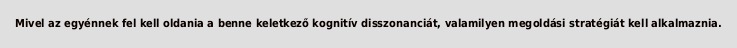
Mivel az egyénnek fel kell oldania a benne keletkező kognitív disszonanciát, valamilyen megoldási stratégiát kell alkalmaznia.